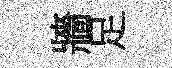
牆足